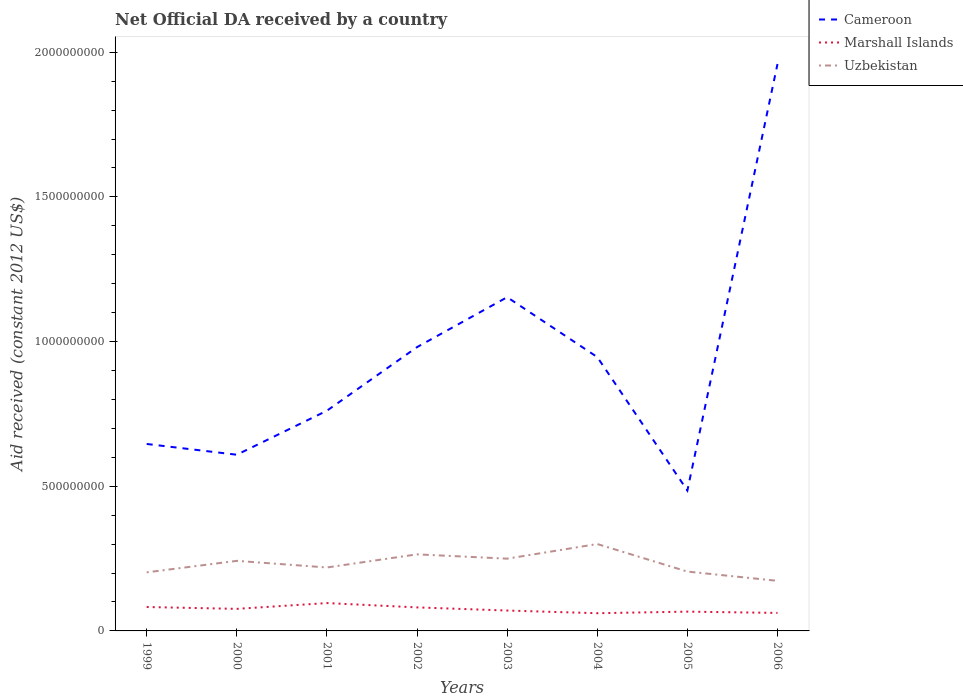
| Years | Cameroon | Marshall Islands | Uzbekistan |
 | --- | --- | --- | --- |
 | 1999 | 6.46e+08 | 8.26e+07 | 2.02e+08 |
 | 2000 | 6.09e+08 | 7.62e+07 | 2.42e+08 |
 | 2001 | 7.61e+08 | 9.62e+07 | 2.19e+08 |
 | 2002 | 9.81e+08 | 8.13e+07 | 2.65e+08 |
 | 2003 | 1.15e+09 | 7.05e+07 | 2.5e+08 |
 | 2004 | 9.46e+08 | 6.12e+07 | 3e+08 |
 | 2005 | 4.85e+08 | 6.67e+07 | 2.05e+08 |
 | 2006 | 1.96e+09 | 6.22e+07 | 1.73e+08 |